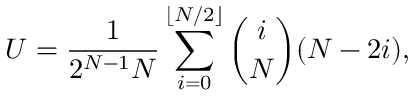
U = \frac { 1 } { 2 ^ { N - 1 } N } \sum _ { i = 0 } ^ { \lfloor N / 2 \rfloor } \binom { i } { N } ( N - 2 i ) ,